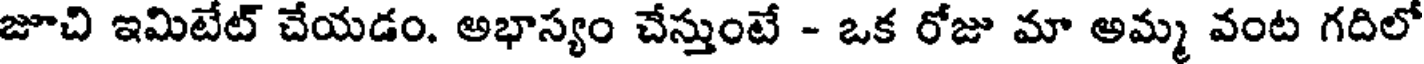
జూచి ఇమిటేట్ చేయడం. అభాస్యం చేస్తుంటే - ఒక రోజు మా అమ్మ వంట గదిలో